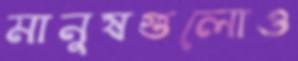
মানুষগুলোও